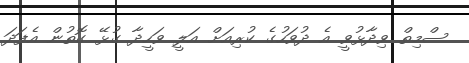
ސްމިތް ވިދާޅުވީ އެ ދުވަހުގެ ކުރިއަށް އަލީ ވަހީދާ ގުޅޭ ގޮތުން އެފަދަ